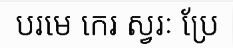
បរមេ កេរ ស្វរៈ ប្រែ